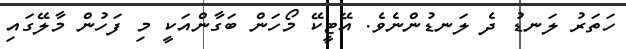
ހަތަރު ލަނޑު ދެ ލަނޑުންނެވެ. އޭޓީކޭ މޯހަން ބަގާންއަކީ މި ފަހުން މާލޭގައި